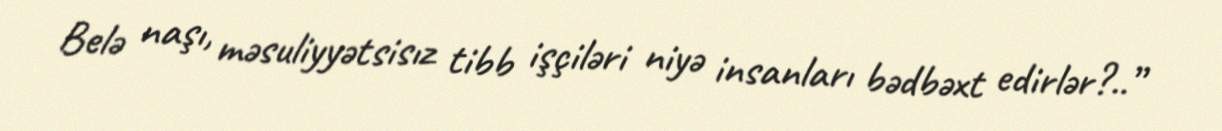
Belə naşı, məsuliyyətsisız tibb işçiləri niyə insanları bədbəxt edirlər?..”